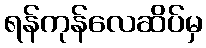
ရန်ကုန်လေဆိပ်မှ